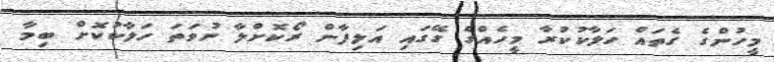
މީހުންގެ ގެތައް ހަލާކުކުރާ މީހެއްގެ ގޭގައި އަލިފާން ރޯކޮށްލާ ނުވަތަ ހަލާކުކޮށް ބިމާ